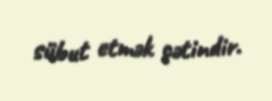
sübut etmək çətindir.